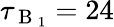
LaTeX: \tau_{\mathrm{~B~}_{1}}=24